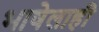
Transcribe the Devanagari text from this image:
भाषेलाही